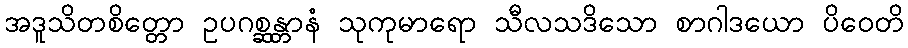
အဒူသိတစိတ္တော ဥပဂစ္ဆန္တာနံ သုကုမာရော သီလသဒိသော စာဂါဒယော ပိဝေတိ